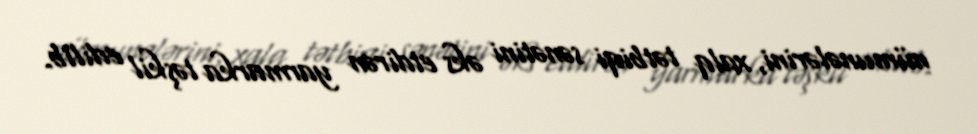
nümunələrini, xalq tətbiqi sənətini əks etdirən yarmarka təşkil edilib.